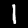
Digit: 1